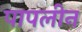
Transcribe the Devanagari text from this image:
पापलीन